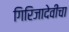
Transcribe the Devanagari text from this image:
गिरिजादेवींचा